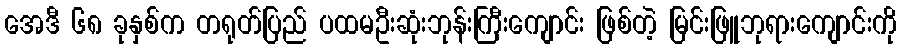
အေဒီ ၆၈ ခုနှစ်က တရုတ်ပြည် ပထမဦးဆုံးဘုန်းကြီးကျောင်း ဖြစ်တဲ့ မြင်းဖြူဘုရားကျောင်းကို